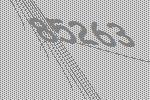
85263